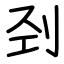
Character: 刭